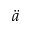
\ddot { a }